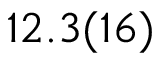
1 2 . 3 ( 1 6 )